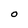
Character: O